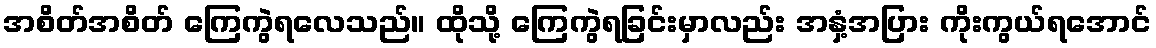
အစိတ်အစိတ် ကြေကွဲရလေသည်။ ထိုသို့ ကြေကွဲရခြင်းမှာလည်း အနှံ့အပြား ကိုးကွယ်ရအောင်